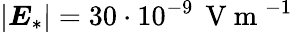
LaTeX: \left|\boldsymbol E_{*}\right|=30\cdot 10^{-9}\, \mathrm{~V~m~}^{-1}